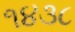
૧૪૩૮